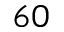
6 0